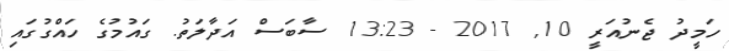
ހަމީދު ޖެނުއަރީ 10